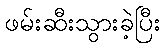
ဖမ်းဆီးသွားခဲ့ပြီး